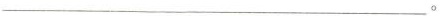
___。